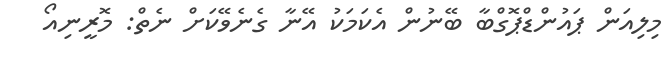
މިލިއަން ޕައުންޑްޕޮގްބާ ބޭނުން އެކަމަކު އޭނާ ގެނެވޭކަށް ނެތް: މޮރީނިއޯ